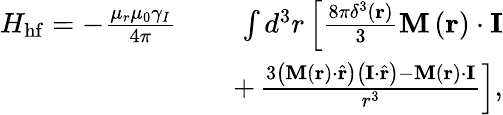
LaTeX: \begin{array}{rlr}{H_{\mathrm{hf}}=-\frac{\mu_{r}\mu_{0}\gamma_{I}}{4\pi}}&{}&{\int d^{3}r\left[\frac{8\pi\delta^{3}\left(\mathbf{r}\right)}{3}\mathbf{M}\left(\mathbf{r}\right)\cdot\mathbf{I}\right.}\\ &{}&{+\left.\frac{3\left(\mathbf{M}\left(\mathbf{r}\right)\cdot\hat{\mathbf{r}}\right)\left(\mathbf{I}\cdot\hat{\mathbf{r}}\right)-\mathbf{M}\left(\mathbf{r}\right)\cdot\mathbf{I}}{r^{3}}\right],}\end{array}